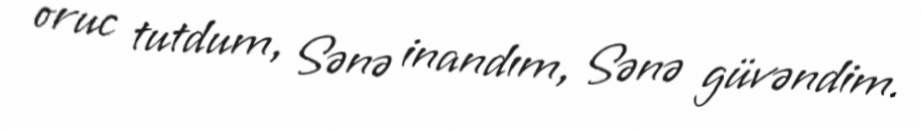
oruc tutdum, Sənə inandım, Sənə güvəndim.